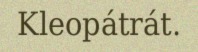
Kleopátrát.